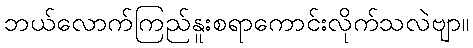
ဘယ်လောက်ကြည်နူးစရာကောင်းလိုက်သလဲဗျာ။